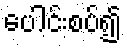
ပေါင်းစပ်၍